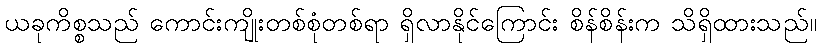
ယခုကိစ္စသည် ကောင်းကျိုးတစ်စုံတစ်ရာ ရှိလာနိုင်ကြောင်း စိန်စိန်းက သိရှိထားသည်။